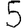
Digit: 5